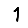
Digit: 1